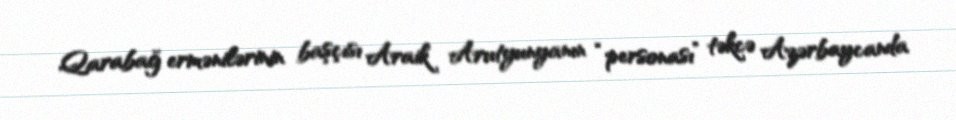
Qarabağ ermənilərinin başçısı Araik Arutyunyanın “personası” təkcə Azərbaycanda